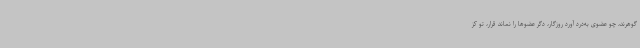
گوهرند، چو عضوی به‌درد آورد روزگار، دگر عضوها را نماند قرار، تو کز